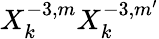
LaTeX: X_{k}^{-3,m}X_{k}^{-3,m^{\prime}}